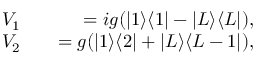
\begin{array} { r l r } { V _ { 1 } } & { { } } & { = i g ( | 1 \rangle \langle 1 | - | L \rangle \langle L | ) , } \\ { V _ { 2 } } & { { } } & { = g ( | 1 \rangle \langle 2 | + | L \rangle \langle L - 1 | ) , } \end{array}